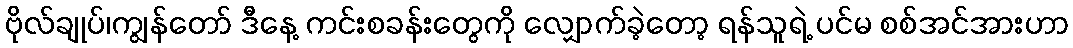
ဗိုလ်ချုပ်၊ကျွန်တော် ဒီနေ့ ကင်းစခန်းတွေကို လျှောက်ခဲ့တော့ ရန်သူရဲ့ ပင်မ စစ်အင်အားဟာ